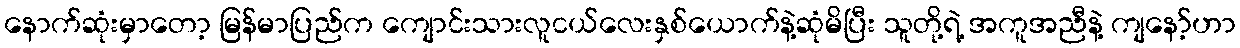
နောက်ဆုံးမှာတော့ မြန်မာပြည်က ကျောင်းသားလူငယ်လေးနှစ်ယောက်နဲ့ဆုံမိပြီး သူတို့ရဲ့ အကူအညီနဲ့ ကျနော့်ဟာ